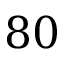
8 0